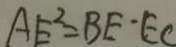
A E ^ { 2 } = B E \cdot E C